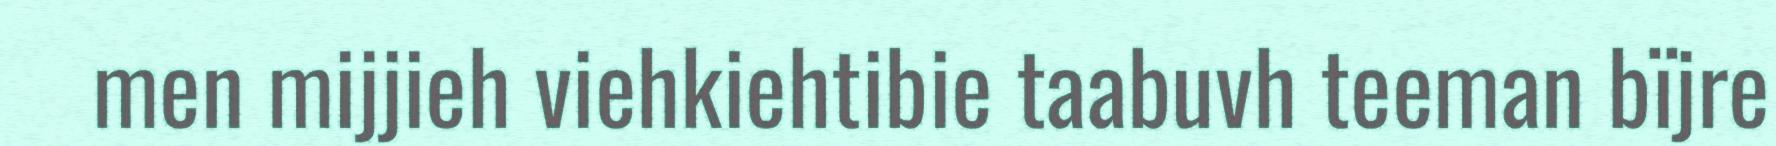
men mijjieh viehkiehtibie taabuvh teeman bïjre